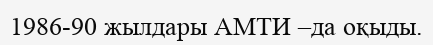
1986-90 жылдары АМТИ –да оқыды.